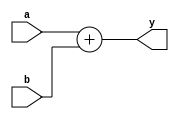
//Generate Block - generate case
/*
1.generate case statment can be used as an alternative to the if-elseif for conditional instantiation of module
*/

//Design Module
module adder(input [6:0]a,b,output [7:0]y);
  assign y=a+b;
endmodule

module substractor(input [6:0]a,b,output [7:0]y);
  assign y=a-b;
endmodule

module top(input [6:0]a,b,output[7:0]y);
  parameter sel=0;
  generate
    case(sel)
      0:adder s0(a,b,y);
      1:substractor s1(a,b,y);
    endcase
  endgenerate
endmodule

//Testbench module
module tb;
  reg [6:0]a,b;
  wire [7:0]y;
  defparam dut.sel=1;
  top dut(a,b,y);
  initial
    begin
      repeat(20)
        begin
          a=$urandom_range(200,255);
          b=$urandom_range(0,199);
          #10;
        end
    end
  initial $monitor("a=%0d b=%0d y=%0d",a,b,y);
  
endmodule